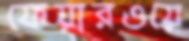
ফেয়ারওয়ে